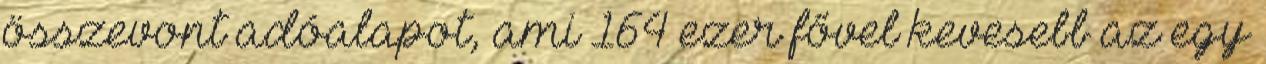
összevont adóalapot, ami 164 ezer fővel kevesebb az egy